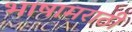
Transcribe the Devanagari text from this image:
भाषामराठी